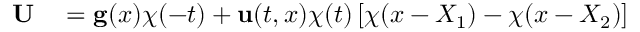
\begin{array} { r l } { { \bf U } } & { { } = { \bf g } ( { x } ) \chi ( - t ) + { \bf u } ( t , { x } ) \chi ( t ) \left[ \chi ( x - X _ { 1 } ) - \chi ( x - X _ { 2 } ) \right] } \end{array}